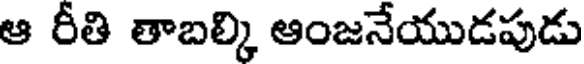
ఆ రీతి తాబల్కి ఆంజనేయుడపుడు